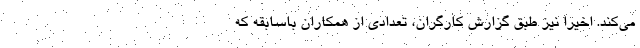
می‌کند. اخیرا نیز طبق گزارش کارگران، تعدادی از همکاران باسابقه که